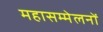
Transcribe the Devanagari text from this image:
महासम्मेलनों